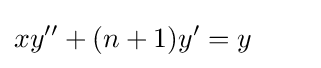
xy''+(n+1)y'=y\qquad